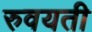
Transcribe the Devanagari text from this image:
रुवयती